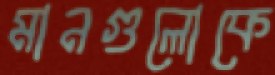
মানগুলোকে